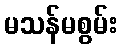
မသန်မစွမ်း